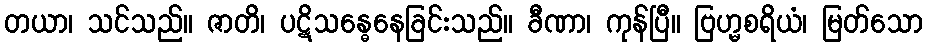
တယာ၊ သင်သည်။ ဇာတိ၊ ပဋိသန္ဓေနေခြင်းသည်။ ခီဏာ၊ ကုန်ပြီ။ ဗြဟ္မစရိယံ၊ မြတ်သော